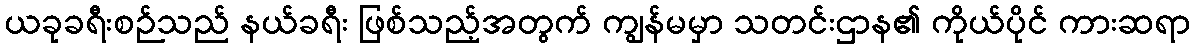
ယခုခရီးစဉ်သည် နယ်ခရီး ဖြစ်သည့်အတွက် ကျွန်မမှာ သတင်းဌာန၏ ကိုယ်ပိုင် ကားဆရာ